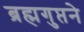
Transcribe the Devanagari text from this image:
ब्रह्मगुप्तने